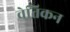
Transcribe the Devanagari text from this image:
वेतिकन